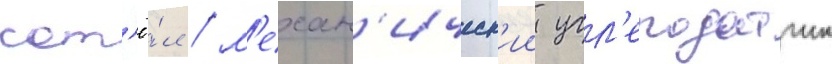
кот'ё́л / м'ехан'ическ'ии угл'еподатчик